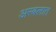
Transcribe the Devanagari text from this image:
अरबलात